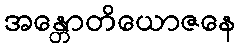
အန္တောတိယောဇနေ